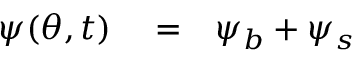
\begin{array} { r l r } { \ensuremath { \psi ( \theta , t ) } } & { { } = } & { \psi _ { b } + \psi _ { s } } \end{array}